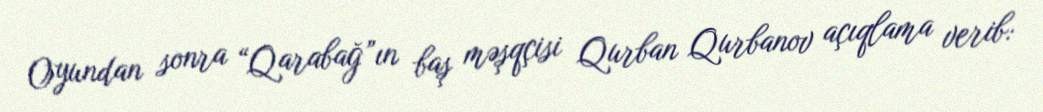
Oyundan sonra “Qarabağ”ın baş məşqçisi Qurban Qurbanov açıqlama verib: